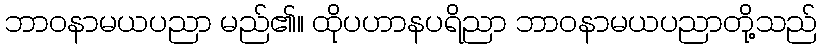
ဘာဝနာမယပညာ မည်၏။ ထိုပဟာနပရိညာ ဘာဝနာမယပညာတို့သည်